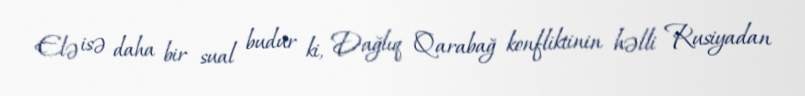
Elə isə daha bir sual budur ki, Dağlıq Qarabağ konfliktinin həlli Rusiyadan